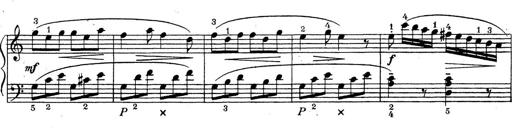
Title: ÄŒeskÃ© Sonatiny
Composer: Various